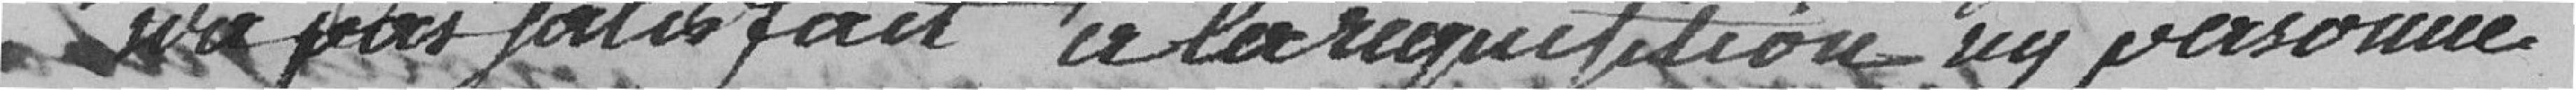
n'a pas satisfait à la réquisition n'y personne